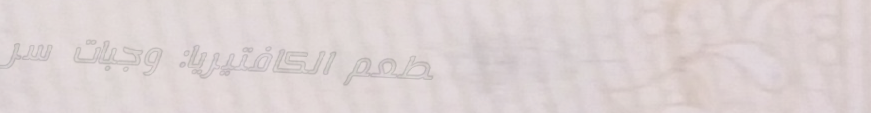
مطعم الكافتيريا: وجبات سر